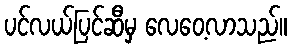
ပင်လယ်ပြင်ဆီမှ လေဝေ့လာသည်။